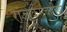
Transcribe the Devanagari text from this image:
राज्यकर्मचारियों